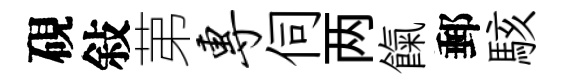
硯敍苐专伺两餼郵駭